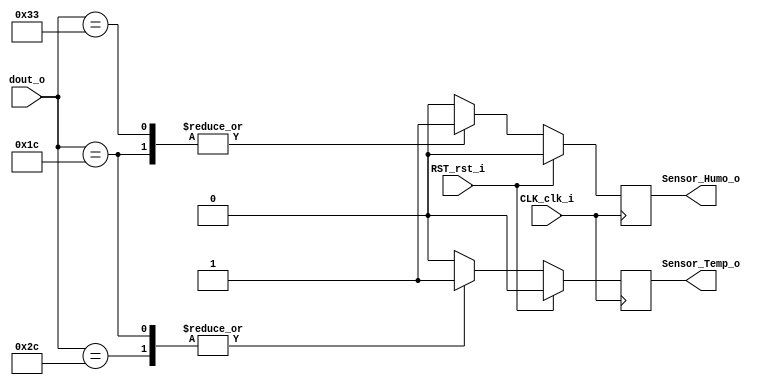
`timescale 1ns / 1ps
//////////////////////////////////////////////////////////////////////////////////
// Company: 
// Engineer: 
// 
// Design Name: 
// Module Name:    filtradofinal 
// Project Name: 
// Target Devices: 
// Tool versions: 
// Description: 
//
// Dependencies: 
//
// Revision: 
// Revision 0.01 - File Created
// Additional Comments: 
//
//////////////////////////////////////////////////////////////////////////////////
module filtradofinal(dout_o, CLK_clk_i, RST_rst_i, Sensor_Temp_o, Sensor_Humo_o
    );
	 
	input wire [7:0] dout_o;
	output reg Sensor_Temp_o, Sensor_Humo_o;
	input CLK_clk_i, RST_rst_i;
	
always @(posedge CLK_clk_i)
	if (RST_rst_i)
				begin
					Sensor_Temp_o <= 0;
					Sensor_Humo_o <= 0;
				end
	else
		begin
			case (dout_o) 
	
				8'h2c:begin
					Sensor_Temp_o <= 1;
					Sensor_Humo_o <= 0;end
				8'h33:begin
					Sensor_Temp_o <= 0;
					Sensor_Humo_o <= 1;end
				8'h1c:begin
					Sensor_Temp_o <= 1;
					Sensor_Humo_o <= 1;end
				default:begin
					Sensor_Temp_o <= 0;
					Sensor_Humo_o <= 0;end
			endcase
		end
		
endmodule